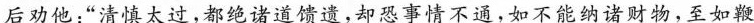
后劝他：”清慎太过，都绝诸道馈遗，却恐事情不通，如不能纳诸财物，至如鞭